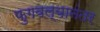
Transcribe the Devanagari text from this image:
फुगवल्यानंतर